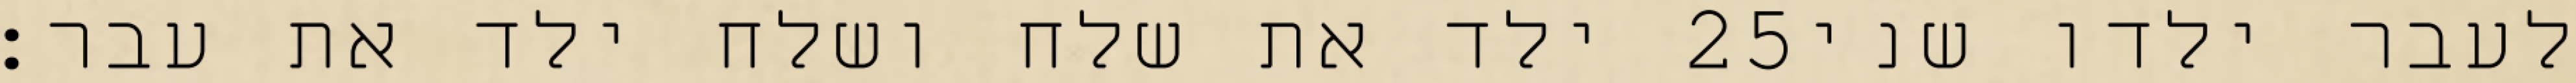
ילד את שלח ושלח ילד את עבר׃ ‎25‏ לעבר ילדו שני